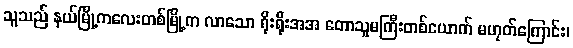
သူသည် နယ်မြို့ကလေးတစ်မြို့က လာသော ရိုးရိုးအအ တောသူမကြီးတစ်ယောက် မဟုတ်ကြောင်း၊